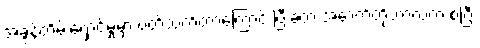
အခွန်တိမ်းရှောင်မှုမှာ ပတ်သက်တာကြောင့် ပြီးခဲ့တဲ့ အောက်တိုဘာလက စပြီး